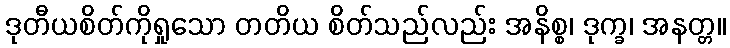
ဒုတီယစိတ်ကိုရှုသော တတိယ စိတ်သည်လည်း အနိစ္စ၊ ဒုက္ခ၊ အနတ္တ။